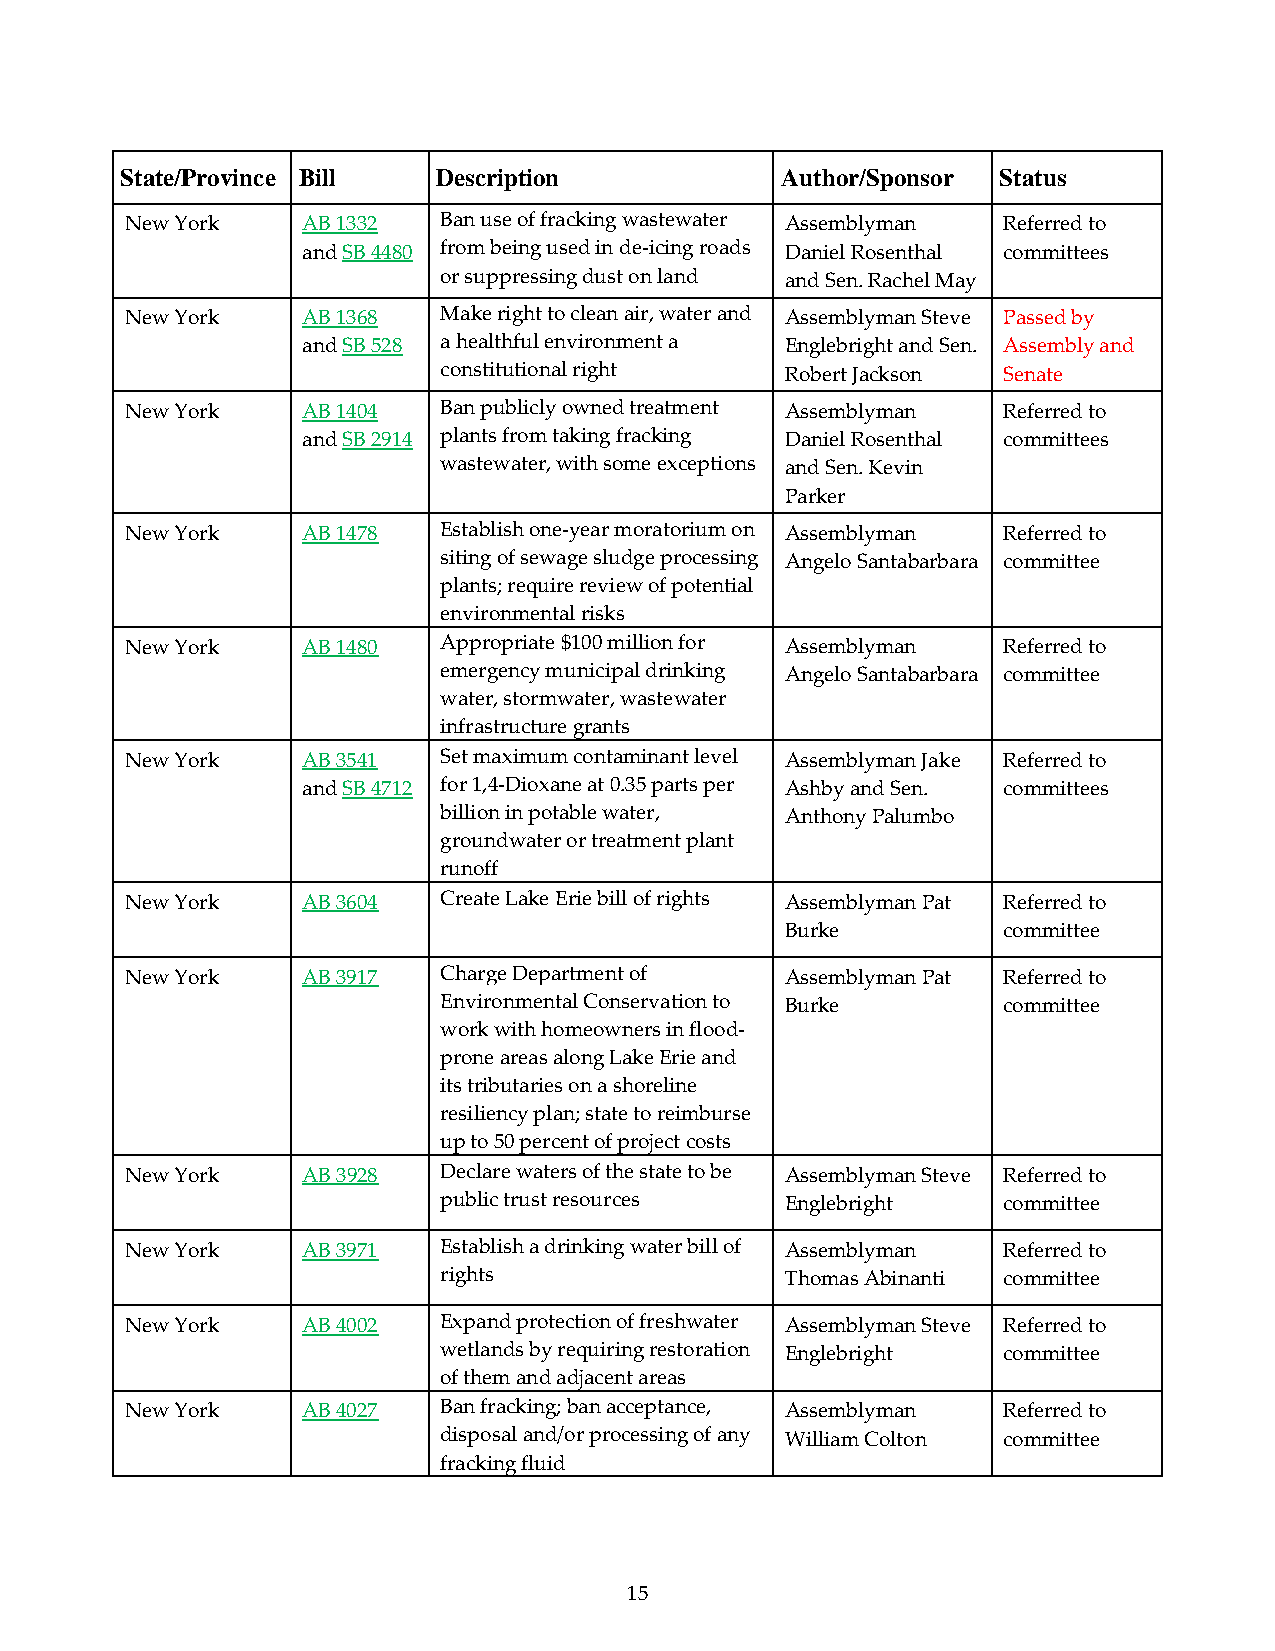
State/Province Bill  Description            Author/Sponsor Status
 New York    AB 1332  Ban use of fracking wastewater Assemblyman Referred to
 and SB 4480 from being used in de-icing roads Daniel Rosenthal committees
 or suppressing dust on land and Sen. Rachel May
 New York    AB 1368  Make right to clean air, water and Assemblyman Steve Passed by
 and SB 528 a healthful environment a Englebright and Sen. Assembly and
 constitutional right   Robert Jackson Senate
 New York    AB 1404  Ban publicly owned treatment Assemblyman Referred to
 and SB 2914 plants from taking fracking Daniel Rosenthal committees
 wastewater, with some exceptions and Sen. Kevin
 Parker
 New York    AB 1478  Establish one-year moratorium on Assemblyman Referred to
 siting of sewage sludge processing Angelo Santabarbara committee
 plants; require review of potential
 environmental risks
 New York    AB 1480  Appropriate $100 million for Assemblyman Referred to
 emergency municipal drinking Angelo Santabarbara committee
 water, stormwater, wastewater
 infrastructure grants
 New York    AB 3541  Set maximum contaminant level Assemblyman Jake Referred to
 and SB 4712 for 1,4-Dioxane at 0.35 parts per Ashby and Sen. committees
 billion in potable water, Anthony Palumbo
 groundwater or treatment plant
 runoff
 New York    AB 3604  Create Lake Erie bill of rights Assemblyman Pat Referred to
 Burke         committee
 New York    AB 3917  Charge Department of   Assemblyman Pat Referred to
 Environmental Conservation to Burke  committee
 work with homeowners in flood-
 prone areas along Lake Erie and
 its tributaries on a shoreline
 resiliency plan; state to reimburse
 up to 50 percent of project costs
 New York    AB 3928  Declare waters of the state to be Assemblyman Steve Referred to
 public trust resources Englebright   committee
 New York    AB 3971  Establish a drinking water bill of Assemblyman Referred to
 rights                 Thomas Abinanti committee
 New York    AB 4002  Expand protection of freshwater Assemblyman Steve Referred to
 wetlands by requiring restoration Englebright committee
 of them and adjacent areas
 New York    AB 4027  Ban fracking; ban acceptance, Assemblyman Referred to
 disposal and/or processing of any William Colton committee
 fracking fluid
 15